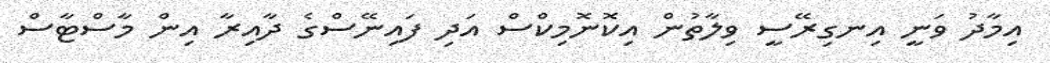
އިމާދު ވަނީ އިނގިރޭސީ ވިލާތުން އިކޮނޮމިކްސް އަދި ފައިނޭސްގެ ދާއިރާ އިން މާސްޓާސް